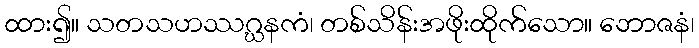
ထား၍။ သတသဟဿဂ္ဃနကံ၊ တစ်သိန်းအဖိုးထိုက်သော။ ဘောဇနံ၊